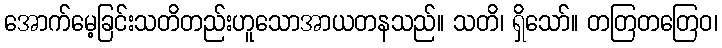
အောက်မေ့ခြင်းသတိတည်းဟူသောအာယတနသည်။ သတိ၊ ရှိသော်။ တတြတတြေဝ၊